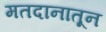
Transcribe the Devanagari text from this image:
मतदानातून